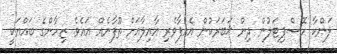
ލަންކާ ހޮސްޕިޓަލުން ދިން ޚަބަރަކުން އެއުފާވެރި އާއިލާއަށް ތޫފާނެއް އައެވެ. ޒިހާންގެ ބައްޔަކީ